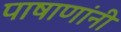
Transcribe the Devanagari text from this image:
पाषाणांनी